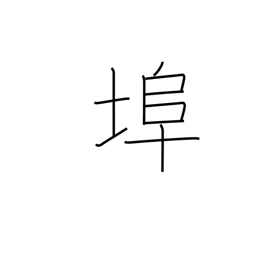
Meaning: wharf